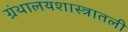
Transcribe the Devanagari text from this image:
ग्रंथालयशास्त्रातली